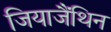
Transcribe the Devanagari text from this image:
जियाजैंथिन